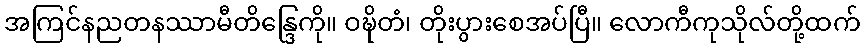
အကြင်နညတနဿာမီတိန္ဒြေကို။ ဝဍ္ဎိတံ၊ တိုးပွားစေအပ်ပြီ။ လောကီကုသိုလ်တို့ထက်